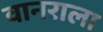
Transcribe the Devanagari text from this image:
वानराला